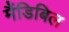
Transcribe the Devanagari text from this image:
मैंडिबिल